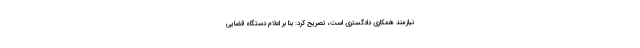
نیازمند همکاری دادگستری است، تصریح کرد: بنا بر اعلام دستگاه قضایی